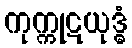
ကုက္ကုဋယုဒ္ဓံ